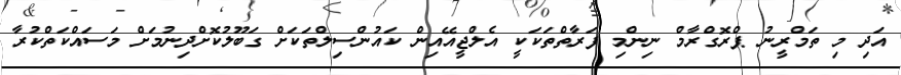
އަދި މި ތަމްރީނު ޕްރޮގްރާމް ނިންމި ފަރާތްތަކަކީ އެލްޖީއޭއިން ކައުންސިލްތަކަށް ގަބޫލުކޮށްދިނުމަށް މަސައްކަތްކުރާ